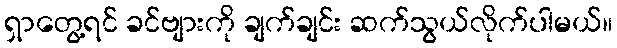
ရှာတွေ့ရင် ခင်ဗျားကို ချက်ချင်း ဆက်သွယ်လိုက်ပါမယ်။